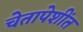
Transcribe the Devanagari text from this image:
चेतापेशींत